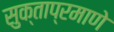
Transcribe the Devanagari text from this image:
सुक्ताप्रमाणे